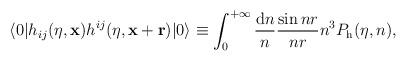
LaTeX: \begin{align*}\langle 0\vert h_{ij}(\eta ,{\bf x})h^{ij}(\eta ,{\bf x}+{\bf r})\vert 0\rangle \equiv \int _0^{+\infty }\frac{{\rm d}n}{n}\frac{\sin nr}{nr}n^3P_{\rm h}(\eta ,n),\end{align*}